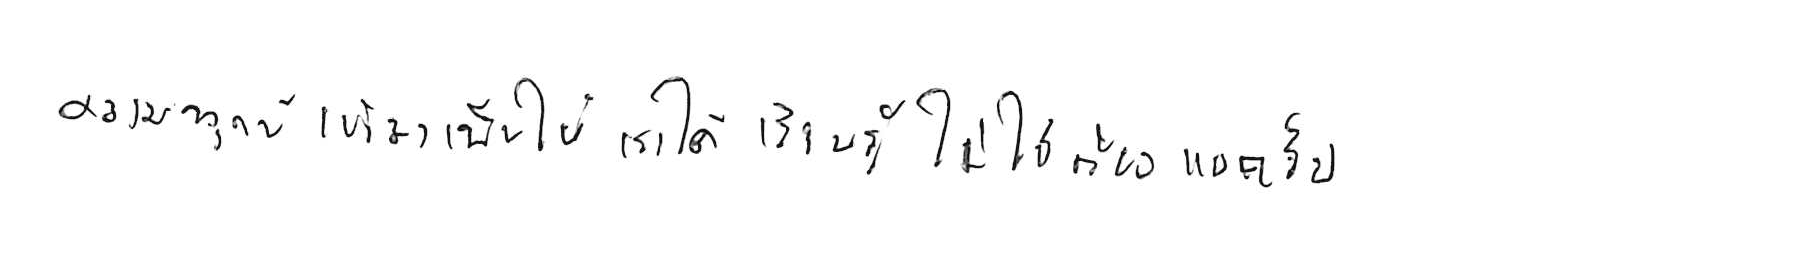
ความทุกข์ เข้ามาเพื่อให้เราได้ เรียนรู้ ไม่ใช่ต้อง แบกรับ